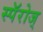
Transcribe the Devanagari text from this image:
स्पॅरोज्